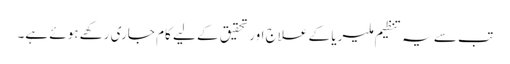
تب سے یہ تنظیم ملیریا کے علاج اور تحقیق کے لیے کام جاری رکھے ہوئے ہے۔